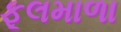
ફૂલમાળા